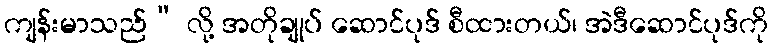
ကျန်းမာသည်” လို့ အတိုချုပ် ဆောင်ပုဒ် စီထားတယ်၊ အဲဒီဆောင်ပုဒ်ကို